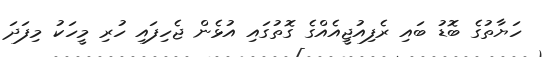
ހަޔާތުގެ ބޮޑު ބައި ރެފިއުޖީއެއްގެ ގޮތުގައި އުޅެން ޖެހިފައި ހުރި މީހަކު މިފަދަ